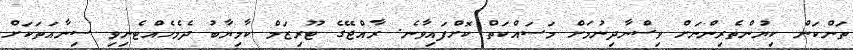
ތަންކަން ކިޔުންތެރިންނަށް ވިސްނާދިނުމަށް މަސައްކަތް ކޮށްފައިވާނެ. ރާއްޖޭގެ ޓޫރިޒަމް ކާމިޔާބު ދެމެހެއްޓެނިވި ސިނާއަތަކަށް